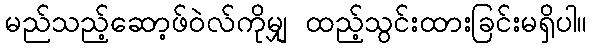
မည်သည့်ဆော့ဖ်ဝဲလ်ကိုမျှ ထည့်သွင်းထားခြင်းမရှိပါ။